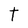
Character: t